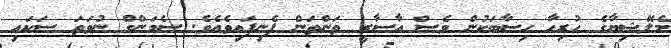
މެލޭޝިޔާގެ ހުރިހާ ހިސާބަކުން ވެސް އާސާރީ ތަންތަން ފެނިފައިވެއެވެ. ސެމަންގް ނުވަތަ ސަކައި